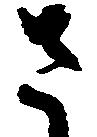
さ